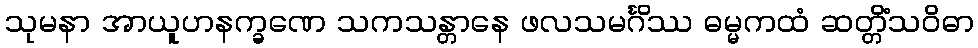
သုမနာ အာယူဟနက္ခဏေ သကသန္တာနေ ဖလသမင်္ဂိဿ ဓမ္မကထံ ဆတ္တိံသဝိဓာ